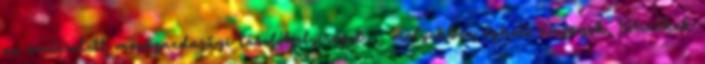
az ömlesztett mezõgazdasági tárolóhelyiséget -, melyekben éghetõ anyagok, termékek